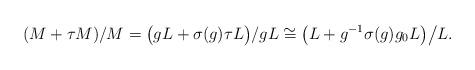
LaTeX: \begin{align*} (M + \tau M)/M = \bigl(gL + \sigma(g)\tau L\bigr) / gL \cong \bigl(L + g^{-1}\sigma(g)g_0L\bigr) \big/ L.\end{align*}